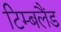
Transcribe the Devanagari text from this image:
टिम्बलैंड